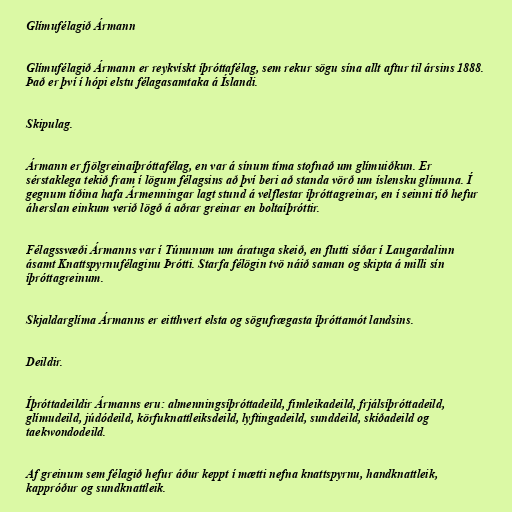
Glímufélagið Ármann

Glímufélagið Ármann er reykvískt íþróttafélag, sem rekur sögu sína allt aftur til ársins 1888.
Það er því í hópi elstu félagasamtaka á Íslandi.

Skipulag.

Ármann er fjölgreinaíþróttafélag, en var á sínum tíma stofnað um glímuiðkun. Er
sérstaklega tekið fram í lögum félagsins að því beri að standa vörð um íslensku glímuna. Í
gegnum tíðina hafa Ármenningar lagt stund á velflestar íþróttagreinar, en í seinni tíð hefur
áherslan einkum verið lögð á aðrar greinar en boltaíþróttir.

Félagssvæði Ármanns var í Túnunum um áratuga skeið, en flutti síðar í Laugardalinn
ásamt Knattspyrnufélaginu Þrótti. Starfa félögin tvö náið saman og skipta á milli sín
íþróttagreinum.

Skjaldarglíma Ármanns er eitthvert elsta og sögufrægasta íþróttamót landsins.

Deildir.

Íþróttadeildir Ármanns eru: almenningsíþróttadeild, fimleikadeild, frjálsíþróttadeild,
glímudeild, júdódeild, körfuknattleiksdeild, lyftingadeild, sunddeild, skíðadeild og
taekwondodeild.

Af greinum sem félagið hefur áður keppt í mætti nefna knattspyrnu, handknattleik,
kappróður og sundknattleik.